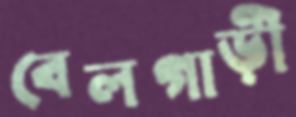
বেলগাড়ী